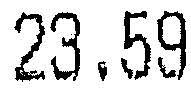
23.59